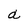
Character: a